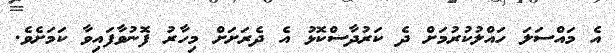
އެ މައްސަލަ ހައްލުކުރުމަށް ދެ ކަރުދާސްކޮޅު އެ ދެރަށަށް މިހާރު ފޮނުވާފައިވާ ކަމަށެވެ.